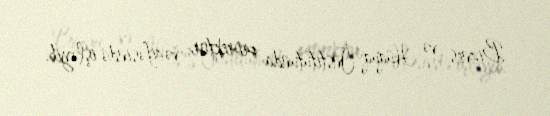
Biznes və Hüquq İnstitutunda prorektor vəzifəsində işləyib.